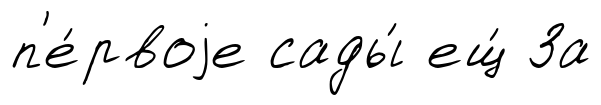
п'е́рвоjе сады́ ещ́ За